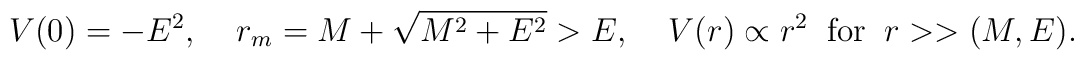
V(0)=-E^2,\;\;\;\;r_m=M+\sqrt{M^2+E^2}>E,\;\;\;\;V(r)\propto r^2\;\;\mbox{for}\;\;r>>(M,E).